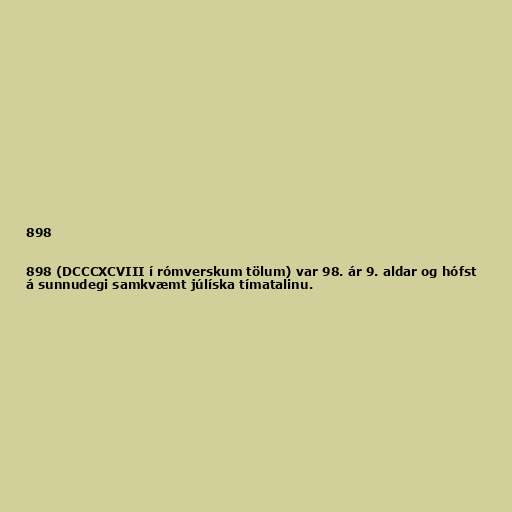
898

898 (DCCCXCVIII í rómverskum tölum) var 98. ár 9. aldar og hófst
á sunnudegi samkvæmt júlíska tímatalinu.